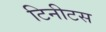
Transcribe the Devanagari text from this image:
टिनीटस